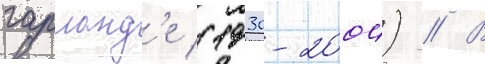
гарланд'е (1930-2004) // В